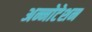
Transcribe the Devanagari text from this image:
अन्नोटेशन